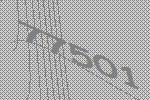
77501